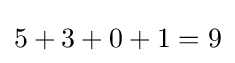
5+3+0+1=9